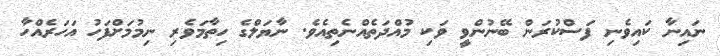
ނައިނާ ކައިވެނި ފަސްކުރަން ބޭނުންވީ ވަކި މުއްދަތެއްނެތިއެވެ. ނާޔަލްގެ ހިތާމަވެރި ނިމުމަށްފަހު އަހަރެއްހާ